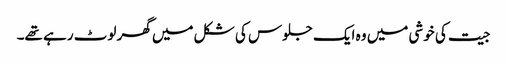
جیت کی خوشی میں وہ ایک جلوس کی شکل میں گھر لوٹ رہے تھے۔